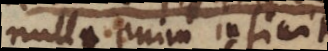
nulla enim infinitis